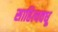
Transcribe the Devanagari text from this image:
साहित्यवधू